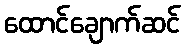
ထောင်ချောက်ဆင်